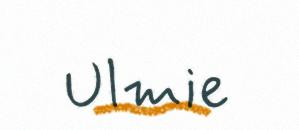
Ulmie